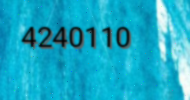
4240110